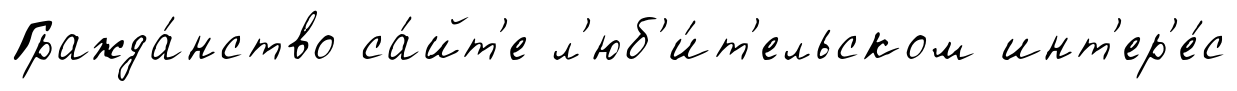
Гражда́нство са́йт'е л'юб'и́т'ельском инт'ер'е́с